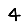
Digit: 4